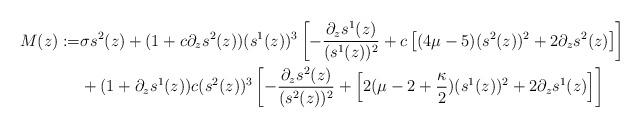
LaTeX: \begin{align*} M(z) := & \sigma s^2(z) + (1 + c \partial_z s^2(z)) (s^1(z))^3 \left[ - \frac{\partial_z s^1(z)}{ (s^1(z))^2} + c \left[ (4\mu -5)(s^2(z))^2 + 2\partial_z s^2(z)\right] \right] \\ & + (1 + \partial_z s^1(z)) c (s^2(z))^3 \left[ - \frac{\partial_z s^2(z)}{(s^2(z))^2} + \left[ 2(\mu - 2 + \frac{\kappa}{2})(s^1(z))^2 + 2 \partial_z s^1(z)\right] \right] \end{align*}